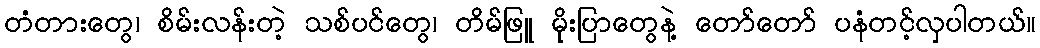
တံတားတွေ၊ စိမ်းလန်းတဲ့ သစ်ပင်တွေ၊ တိမ်ဖြူ မိုးပြာတွေနဲ့ တော်တော် ပနံတင့်လှပါတယ်။